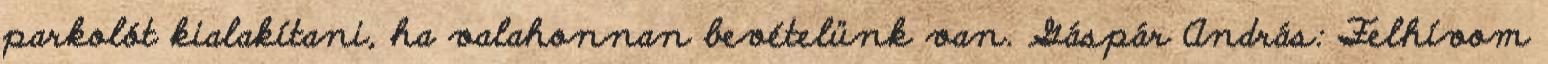
parkolót kialakítani, ha valahonnan bevételünk van. Gáspár András: Felhívom